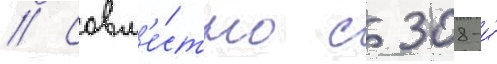
// Совм'е́стно с 308-и́